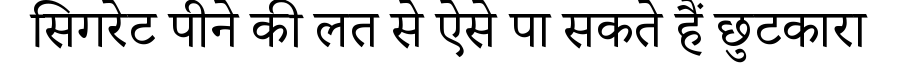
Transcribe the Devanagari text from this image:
सिगरेट पीने की लत से ऐसे पा सकते हैं छुटकारा